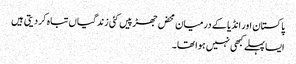
پاکستان اور انڈیا کے درمیان محض جھڑپیں کئی زندگیاں تباہ کر دیتی ہیں
ایسا پہلے کبھی نہیں ہوا تھا۔